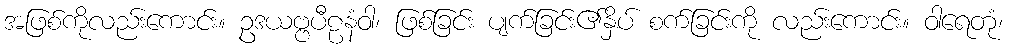
အဖြစ်ကိုလည်းကောင်း။ ဥဒယဗ္ဗပီဠနံဝါ၊ ဖြစ်ခြင်း ပျက်ခြင်း၏နှိပ် စက်ခြင်းကို လည်းကောင်း။ ဝါရေတုံ၊